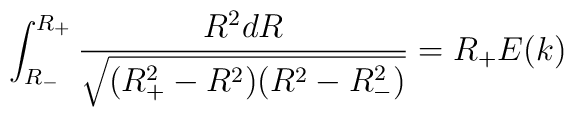
\int^{R_+}_{R_-}\frac{R^2 dR}{\sqrt{(R^2_+-R^2)(R^2-R_-^2)}}=R_+E(k)